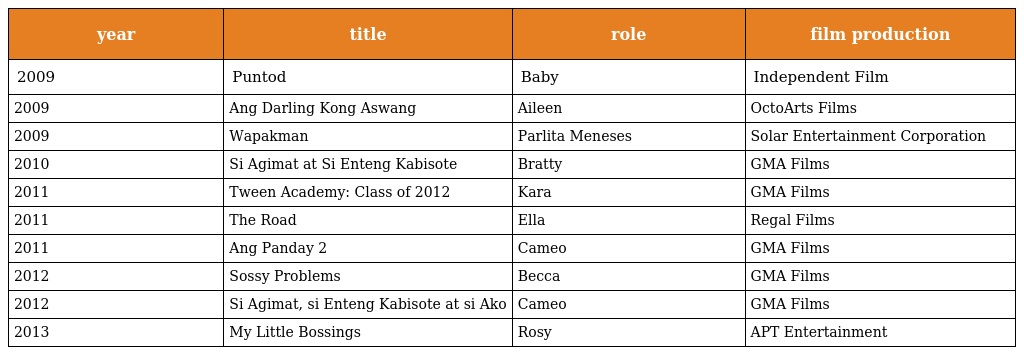
| year | title | role | film production |
 | --- | --- | --- | --- |
 | 2009 | Puntod | Baby | Independent Film |
 | 2009 | Ang Darling Kong Aswang | Aileen | OctoArts Films |
 | 2009 | Wapakman | Parlita Meneses | Solar Entertainment Corporation |
 | 2010 | Si Agimat at Si Enteng Kabisote | Bratty | GMA Films |
 | 2011 | Tween Academy: Class of 2012 | Kara | GMA Films |
 | 2011 | The Road | Ella | Regal Films |
 | 2011 | Ang Panday 2 | Cameo | GMA Films |
 | 2012 | Sossy Problems | Becca | GMA Films |
 | 2012 | Si Agimat, si Enteng Kabisote at si Ako | Cameo | GMA Films |
 | 2013 | My Little Bossings | Rosy | APT Entertainment |